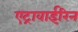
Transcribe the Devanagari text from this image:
एट्रावाईरिन